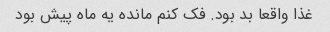
غذا واقعا بد بود. فک کنم مانده یه ماه پیش بود